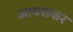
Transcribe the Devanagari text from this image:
आवसकर